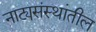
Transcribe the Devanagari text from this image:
नाट्यसंस्थांतील